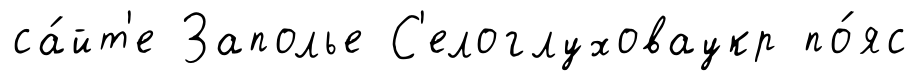
са́йт'е Заполье С'елоглуховаукр по́яс